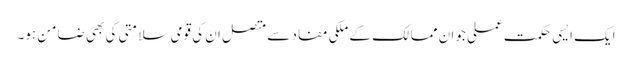
ایک ایسی حکمت عملی جو ان ممالک کے ملکی مفاد سے متصل ان کی قومی سلامتی کی بھی ضامن ہو۔